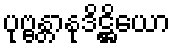
ပုဗ္ဗန္တာနုဒိဋ္ဌိယော